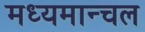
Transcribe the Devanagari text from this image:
मध्यमान्चल